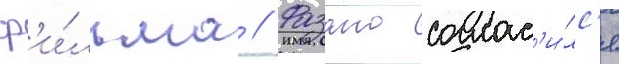
ф'и́льма // Фазано соглас'и́лс'я